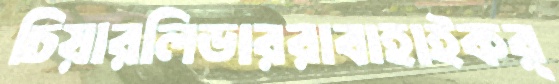
চিয়ারলিডাররাবাহাইকর্